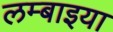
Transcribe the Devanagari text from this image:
लम्बाइया